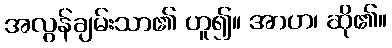
အလွန်ချမ်းသာ၏ ဟူ၍။ အာဟ၊ ဆို၏။